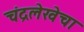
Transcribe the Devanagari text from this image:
चंद्रलेखेचा